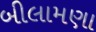
બીલામણા